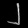
Digit: ၂